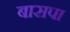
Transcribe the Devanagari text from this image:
बासपा